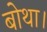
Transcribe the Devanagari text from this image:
बोथा।